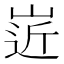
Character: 𡹢